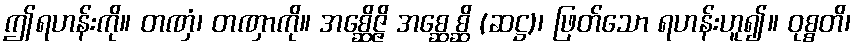
ဤရဟန်းကို။ တဏှံ၊ တဏှာကို။ အစ္ဆေိဇ္ဇိ အစ္ဆေစ္ဆိ (ဆဋ္ဌ)၊ ဖြတ်သော ရဟန်းဟူ၍။ ဝုစ္စတိ၊